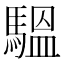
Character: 𩥈